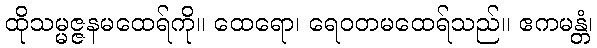
ထိုသမ္မဇ္ဇနမထေရ်ကို။ ထေရော၊ ရေဝတမထေရ်သည်။ ဧကမန္တံ၊